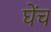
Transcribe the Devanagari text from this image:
घेंच